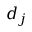
d _ { j }